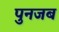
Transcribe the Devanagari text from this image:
पुनजब